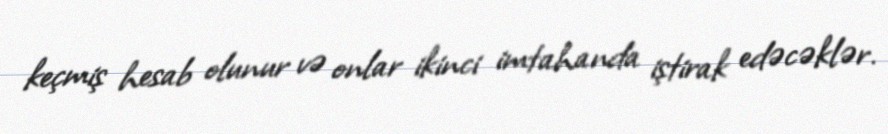
keçmiş hesab olunur və onlar ikinci imtahanda iştirak edəcəklər.